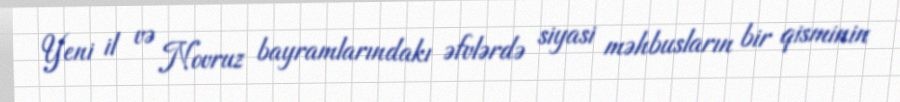
Yeni il və Novruz bayramlarındakı əfvlərdə siyasi məhbusların bir qisminin